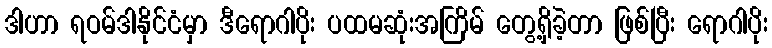
ဒါဟာ ရဝမ်ဒါနိုင်ငံမှာ ဒီရောဂါပိုး ပထမဆုံးအကြိမ် တွေ့ရှိခဲ့တာ ဖြစ်ပြီး ရောဂါပိုး